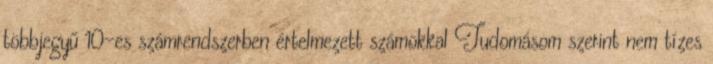
többjegyű 10-es számrendszerben értelmezett számokkal Tudomásom szerint nem tízes